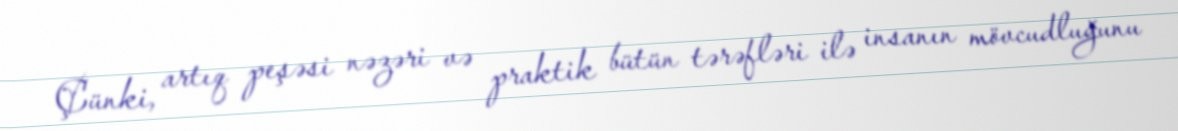
Çünki, artıq peşəsi nəzəri və praktik bütün tərəfləri ilə insanın mövcudluğunu